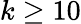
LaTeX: k\geq 10